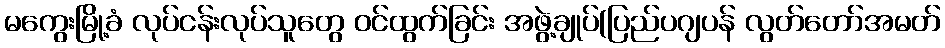
မကွေးမြို့ခံ လုပ်ငန်းလုပ်သူတွေ ဝင်ထွက်ခြင်း အဖွဲ့ချုပ်(ပြည်ပဂျပန် လွတ်တော်အမတ်